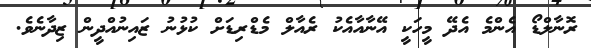
ރޮނާލްޑޯ އެންމެ އެދޭ މީހަކީ އޭނާއާއެކު ރެއާލް މެޑްރިޑަށް ކުޅުނު ޒައިނުއްދީން ޒިދާނެވެ.